NAE_ERA_R-1765_ENSV_Kirjanike_Liit_1945-1955, lk 85
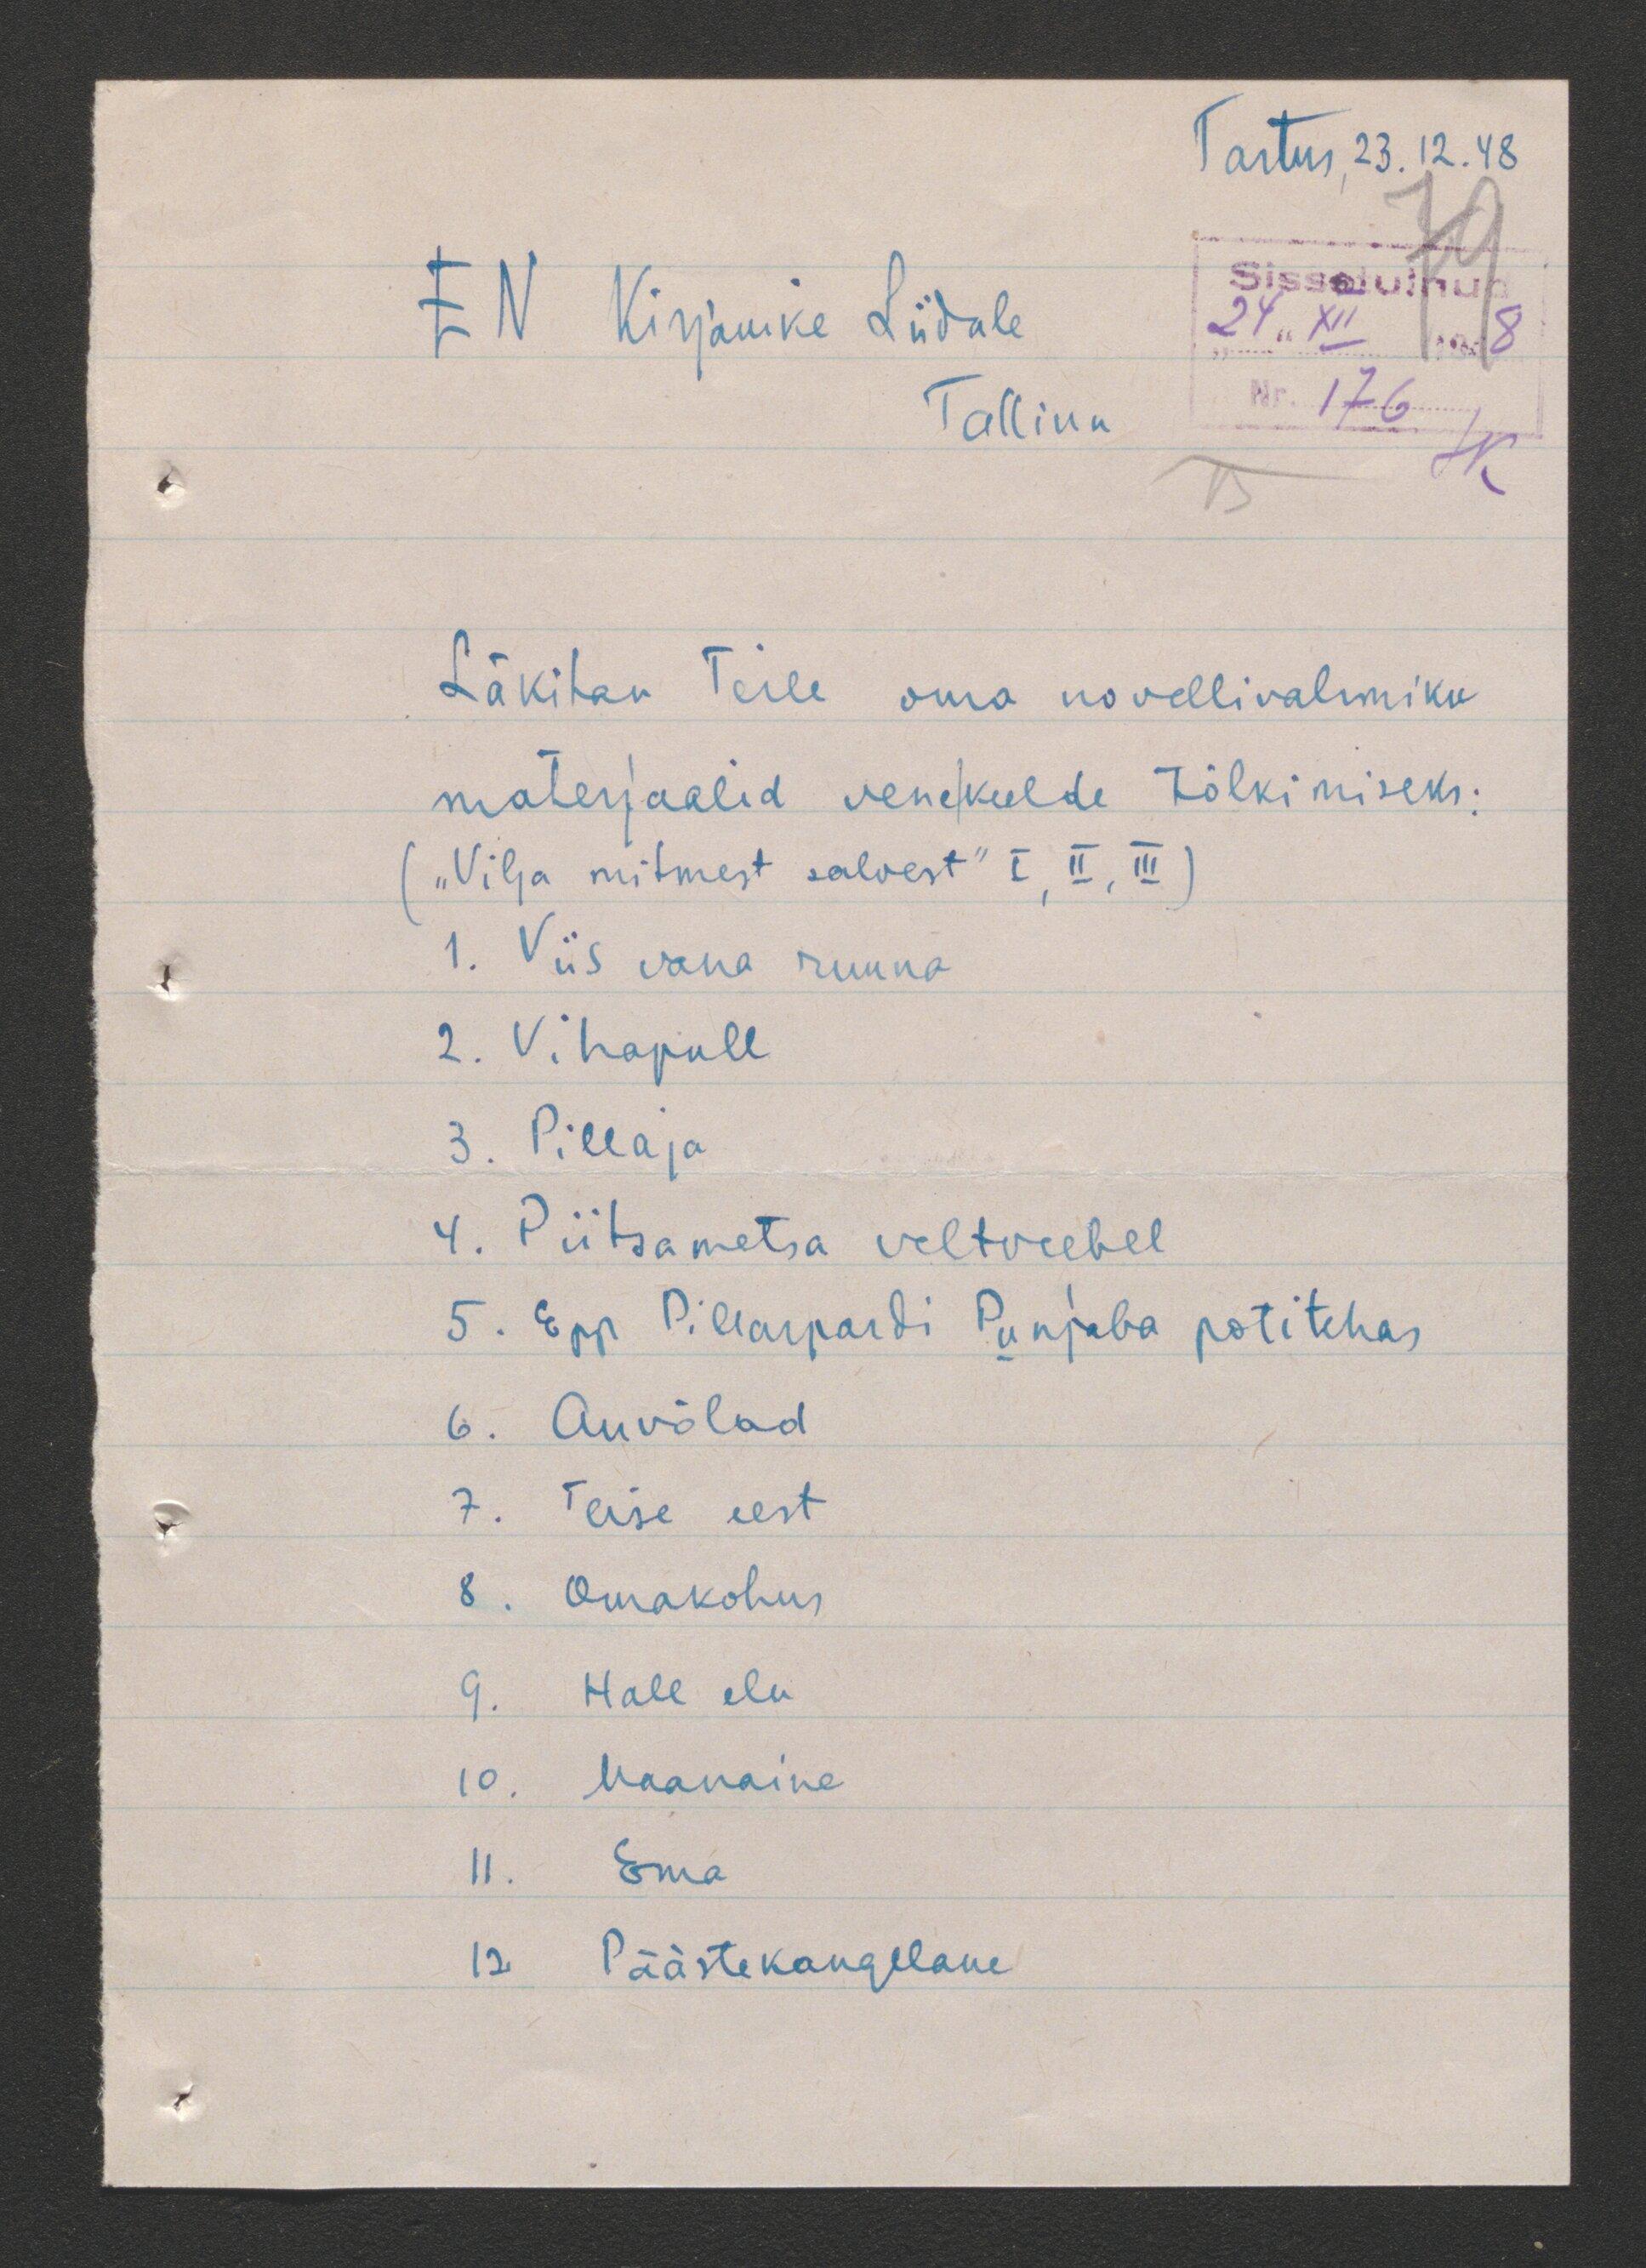
Tartus, 23.12.48
Kirjanike Liidule
Tallinn
Läkitan Teile oma novellivalimiku
materjaalid venekeelde tõlkimiseks:
„Vilja mitmest salvest" I, II, III
1. Viis vana ruuna
2. Vihapull
3. Pillaja
4. Piitsametsa veltveebel
5. Epp Pillarpardi Punjaba potitehas,
6. Auvõlad
7. Teise eest
8. Omakohus
9. Hale elu
10. Maanaine
11. Ema
12  Päästekangelane